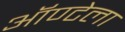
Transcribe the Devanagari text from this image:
ऑण्टेला